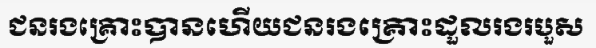
ជនរងគ្រោះបានហើយជនរងគ្រោះដួលរងរបួស